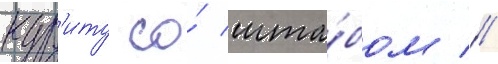
кур'иту со́ шта́бом //